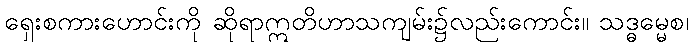
ရှေးစကားဟောင်းကို ဆိုရာဣတိဟာသကျမ်း၌လည်းကောင်း။ သဒ္ဓမ္မေစ၊